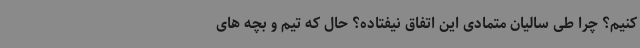
کنیم؟ چرا طی سالیان متمادی این اتفاق نیفتاده؟ حال که تیم و بچه های